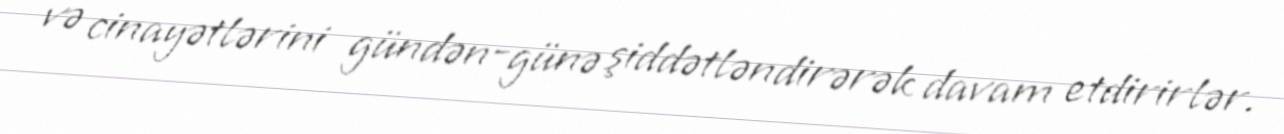
və cinayətlərini gündən-günə şiddətləndirərək davam etdirirlər.